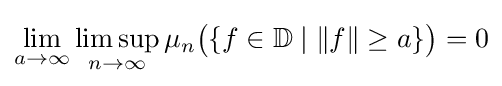
\lim _{a\to \infty }\limsup _{n\to \infty }\mu _{n}{\big (}\{f\in \mathbb {D} \;|\;\|f\|\geq a\}{\big )}=0